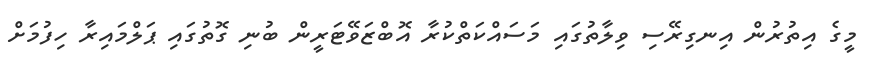
މީގެ އިތުރުން އިނގިރޭސި ވިލާތުގައި މަސައްކަތްކުރާ އޮބްޒަވޭޓަރީން ބުނި ގޮތުގައި ޕަލްމައިރާ ހިފުމަށް